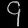
Digit: ၄